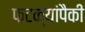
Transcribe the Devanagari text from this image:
फटक्यांपैकी